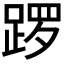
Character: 𫏑